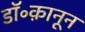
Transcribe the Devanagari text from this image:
डॉ॰क़ानून